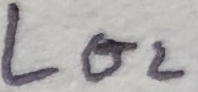
Text: LO2